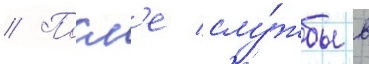
// Посл'е слу́жбы в